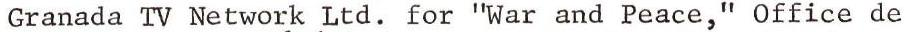
Granada TV Network Ltd. for "War and Peace," Office de